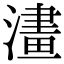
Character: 澅